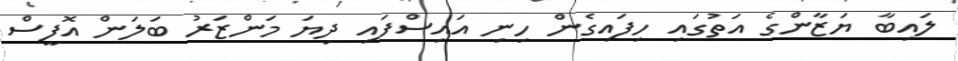
ލައިބާ ޔަޒާންގެ އަތުގައި ހިފައިގެން ހިނި އައިސްފައި ދިޔަ މަންޒަރު ބަލަން އޮފީސް